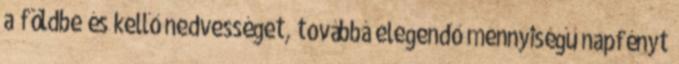
a földbe és kellő nedvességet, továbbá elegendő mennyiségű napfényt